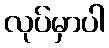
လုပ်မှာပါ